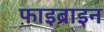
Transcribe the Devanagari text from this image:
फ़ाइब्राइन